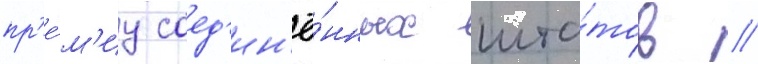
пр'е́м'иу соед'ин'ё́нных шта́тов /